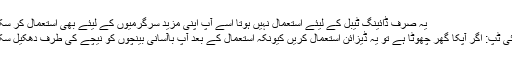
یہ صرف ڈائینگ ٹیبل کے لیئے استعمال نہیں ہوتا اسے آپ اپنی مزید سرگرمیوں کے لیئے بھی استعمال کر سکتے ہیں
ہومی فائی ٹپ: اگر آپکا گھر چھوٹا ہے تو یہ ڈیزائن استعمال کریں کیونکہ استعمال کے بعد آپ باآسانی بینچوں کو نیچے کی طرف دھکیل سکتے ہیں